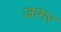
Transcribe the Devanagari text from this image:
जामर